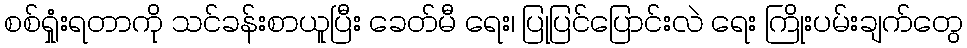
စစ်ရှုံးရတာကို သင်ခန်းစာယူပြီး ခေတ်မီ ရေး၊ ပြုပြင်ပြောင်းလဲ ရေး ကြိုးပမ်းချက်တွေ